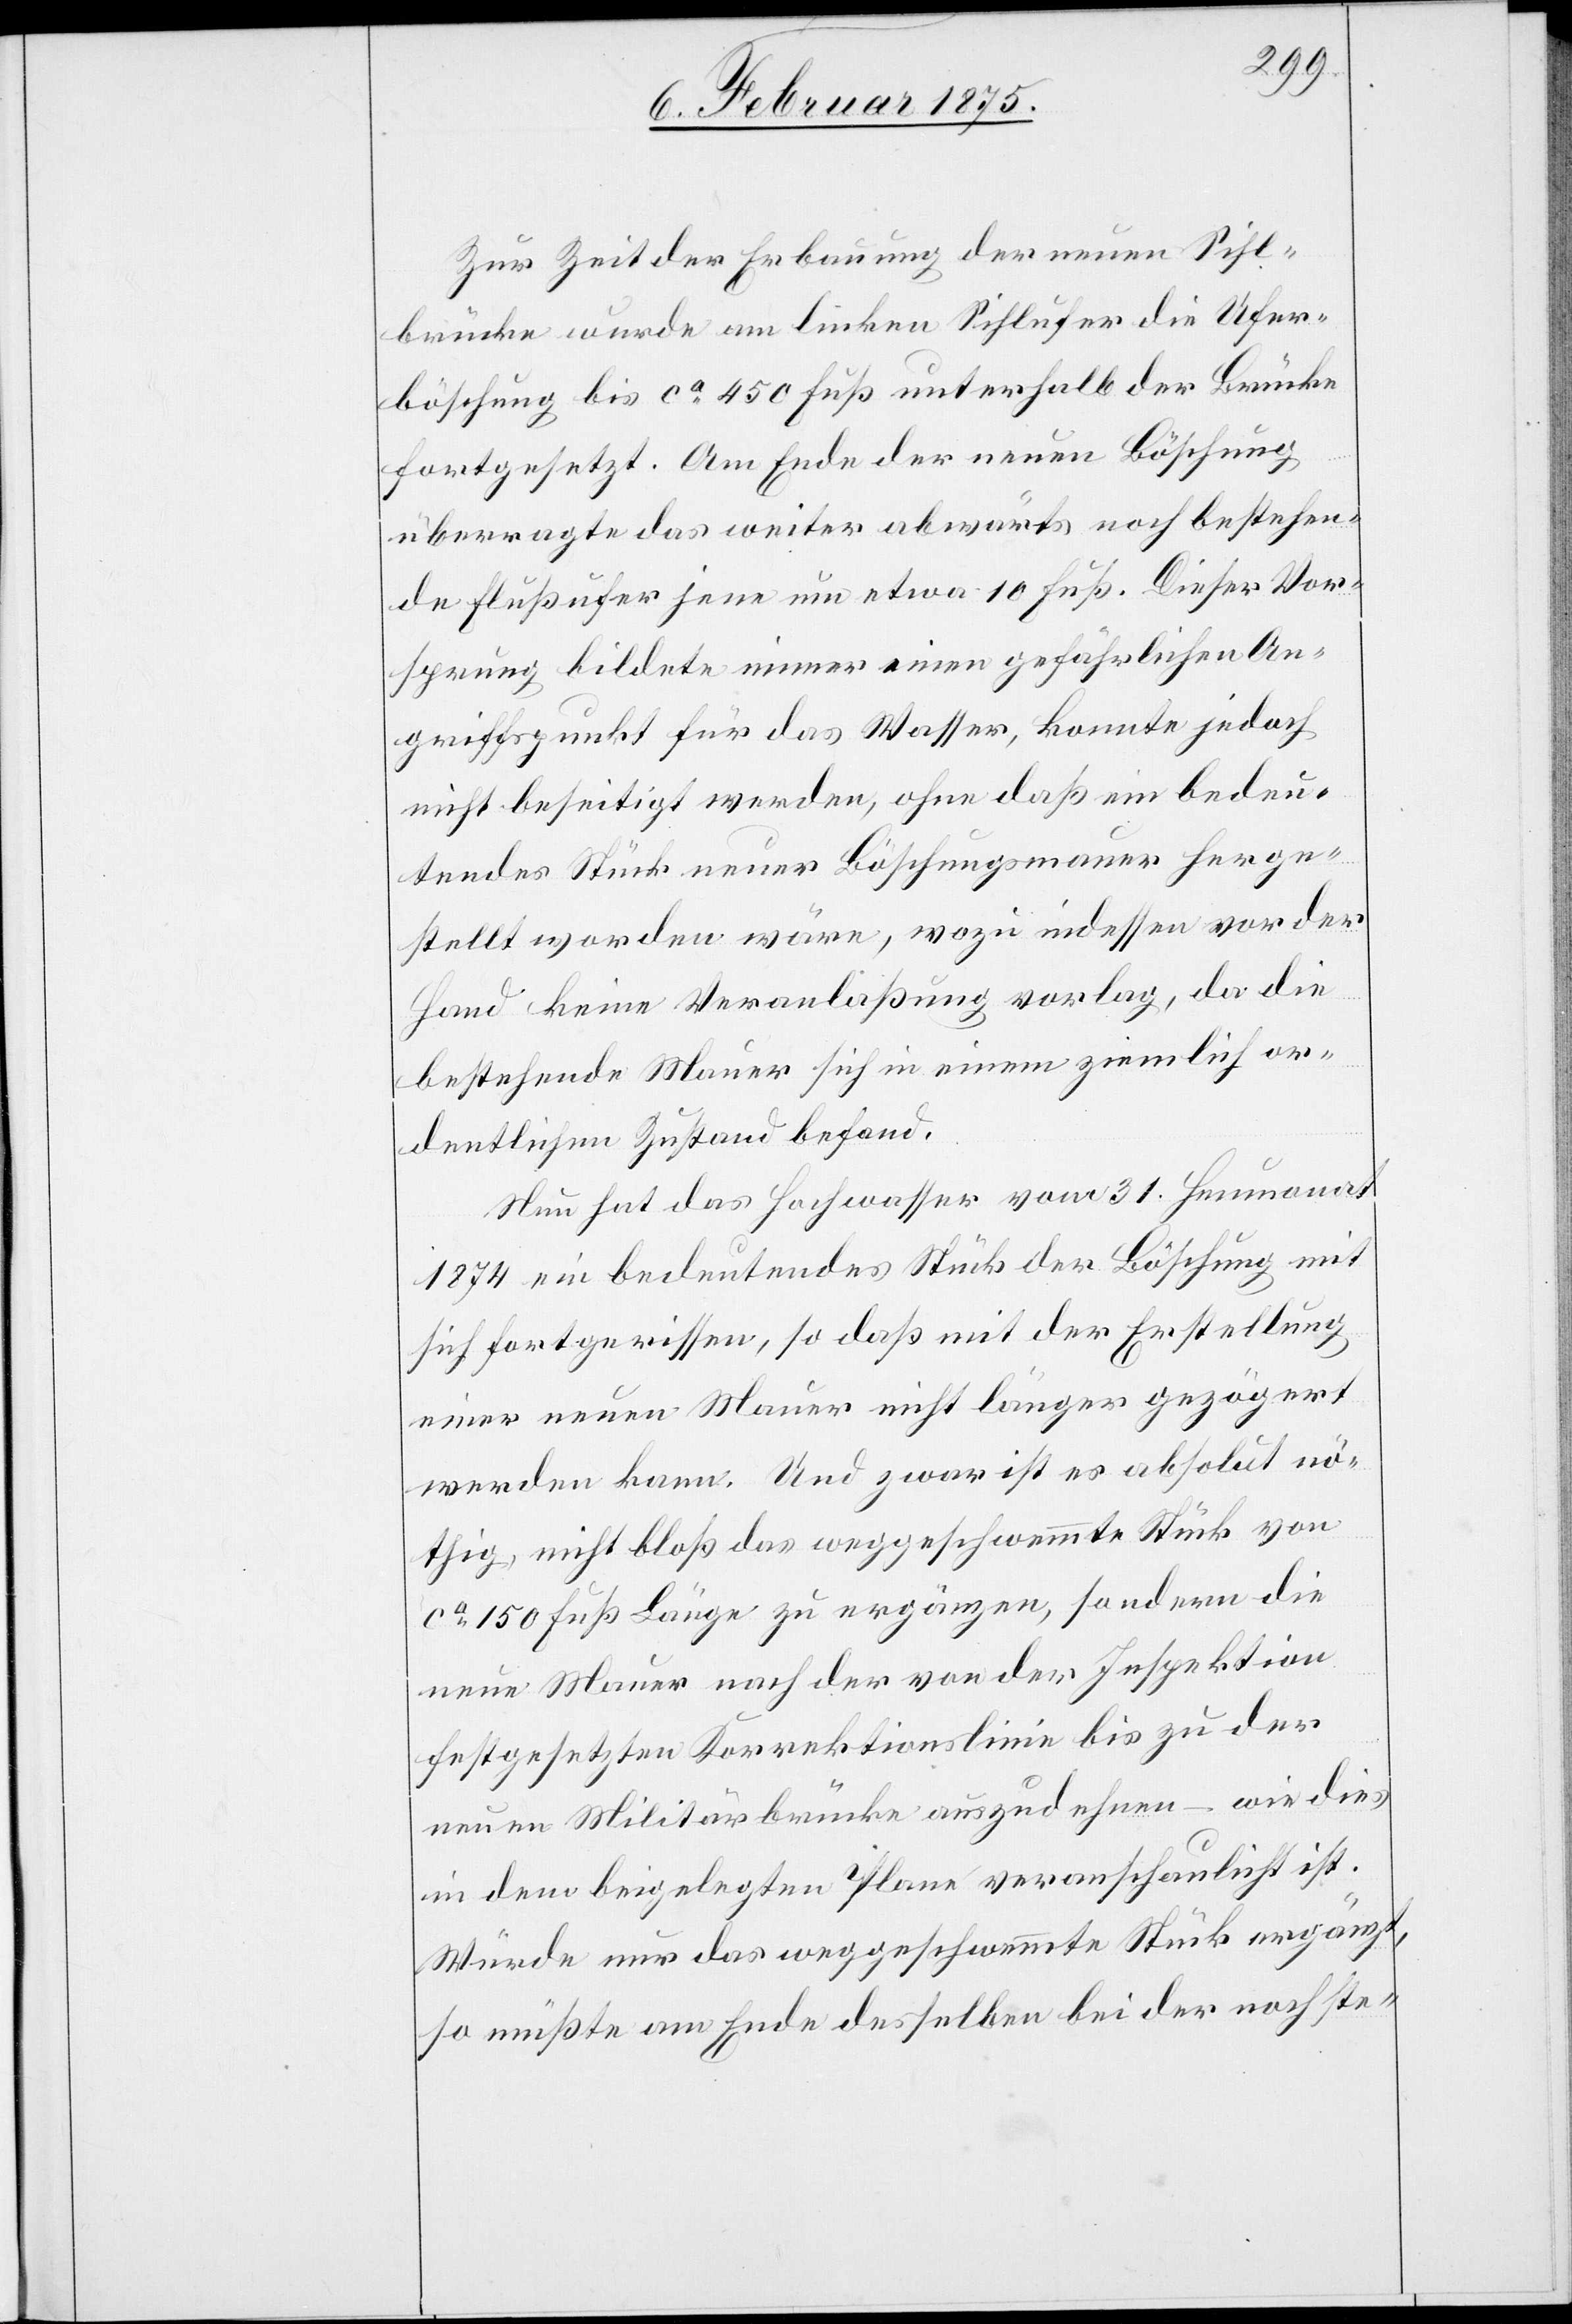
Zur Zeit der Erbauung der neuen Sihl¬
brücke wurde am linken Sihlufer die Ufer¬
böschung bis ca 450 Fuß unterhalb der Brücke
fortgesetzt. Am Ende der neuen Böschung
überragte das weiter abwärts noch bestehen¬
de Flußufer jene um etwa 10 Fuß. Dieser Vor¬
sprung bildete immer einen gefährlichen An¬
griffspunkt für das Wasser, konnte jedoch
nicht beseitigt werden, ohne daß ein bedeu¬
tendes Stück neuer Böschungsmauer herge¬
stellt worden wäre, wozu indessen vor der
Hand keine Veranlaßung vorlag, da die
bestehende Mauer sich in einem ziemlich or¬
dentlichen Zustand befand.
Nun hat das Hochwasser vom 31. Heumonat
1874 ein bedeutendes Stück der Böschung mit
sich fortgerissen, so daß mit der Erstellung
einer neuen Mauer nicht länger gezögert
werden kann. Und zwar ist es absolut nö¬
thig, nicht bloß das weggeschwemmte Stück von
ca 150 Fuß Länge zu ergänzen, sondern die
neue Mauer nach der von der Inspektion
festgesetzten Korrektionslinie bis zu der
neuen Militärbrücke auszudehnen – wie dies
in dem beigelegten Plane veranschaulicht ist.
Würde nur das weggeschwemmte Stück ergänzt,
so müßte am Ende desselben bei der nächste-